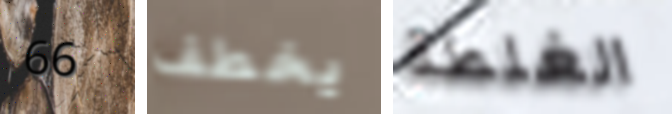
66 يخطف الغلطة